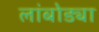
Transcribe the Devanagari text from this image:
लांबोड्या